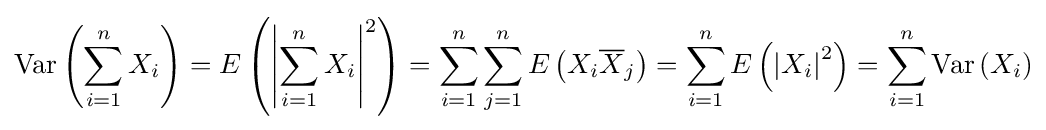
\mathrm {Var} \left(\sum _{i=1}^{n}X_{i}\right)=E\left(\left\vert \sum _{i=1}^{n}X_{i}\right\vert ^{2}\right)=\sum _{i=1}^{n}\sum _{j=1}^{n}E\left(X_{i}{\overline {X}}_{j}\right)=\sum _{i=1}^{n}E\left(\left\vert X_{i}\right\vert ^{2}\right)=\sum _{i=1}^{n}\mathrm {Var} \left(X_{i}\right)